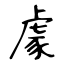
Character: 豦